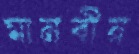
মানবীয়